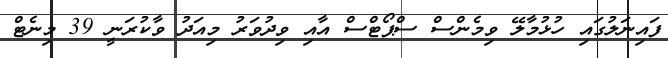
ފައިނަލުގައި ހުޅުމާލޭ ވިމެންސް ސްޕޯޓްސް އާއި ވިދުވަރު މިއަދު ވާކުރަނީ 39 މިނެޓް